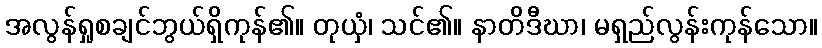
အလွန်ရှုစချင်ဘွယ်ရှိကုန်၏။ တုယှံ၊ သင်၏။ နာတိဒီဃာ၊ မရှည်လွန်းကုန်သော။